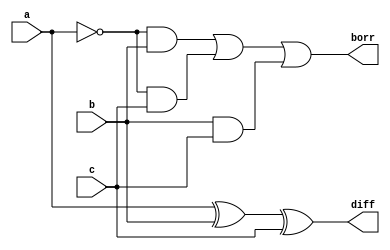
`timescale 1ns / 1ps
//////////////////////////////////////////////////////////////////////////////////
// Company: 
// Engineer: 
// 
// Design Name: 
// Module Name: HS_gate_level
// Project Name: 
// Target Devices: 
// Tool Versions: 
// Description: 
// 
// Dependencies: 
// 
// Revision:
// Revision 0.01 - File Created
// Additional Comments:
// 
//////////////////////////////////////////////////////////////////////////////////


module FS_gate_level(
    input a,
    input b,
    input c,
    output diff,
    output borr
    ); 
    wire and1, and2, and3, na;
    xor x1(diff, a, b, c);
    not n1(na, a);
    and a1(and1 ,na, b);
    and a2(and2, na, c);
    and a3(and3, b, c);
    or o1(borr, and1, and2, and3);
endmodule